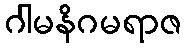
ဂါမနိဂမရာဇ